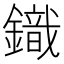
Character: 𮢿